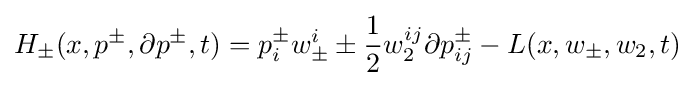
H_{\pm }(x,p^{\pm },\partial p^{\pm },t)=p_{i}^{\pm }w_{\pm }^{i}\pm {\frac {1}{2}}w_{2}^{ij}\partial p_{ij}^{\pm }-L(x,w_{\pm },w_{2},t)